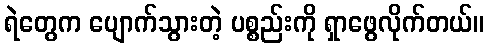
ရဲတွေက ပျောက်သွားတဲ့ ပစ္စည်းကို ရှာဖွေလိုက်တယ်။